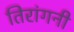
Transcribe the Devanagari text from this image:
तिरांगनी